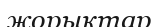
жорықтар